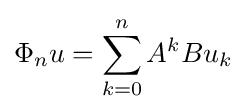
\Phi _{n}u=\sum _{k=0}^{n}A^{k}Bu_{k}